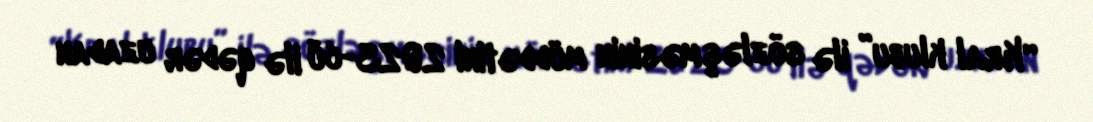
“Kral klubu” ilə sözləşməsinin müddətini 2023-cü ilə qədər uzadan